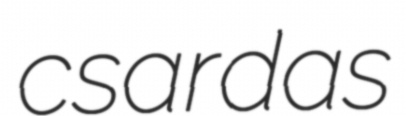
csardas